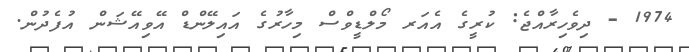
1974 - ދިވެހިރާއްޖެ: ކުރީގެ އެއަރ މޯލްޑީވްސް މިހާރުގެ އައިލޭންޑް އޭވިއޭޝަން އުފެދުން.